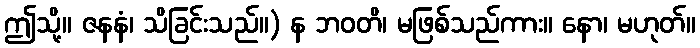
ဤသို့။ ဇနနံ၊ သိခြင်းသည်။) န ဘဝတိ၊ မဖြစ်သည်ကား။ နော၊ မဟုတ်။